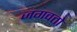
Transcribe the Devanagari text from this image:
जगवतो